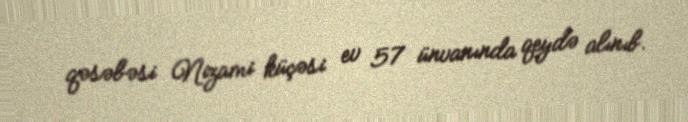
qəsəbəsi Nizami küçəsi ev 57 ünvanında qeydə alınıb.